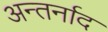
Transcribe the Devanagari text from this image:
अन्तर्नाद